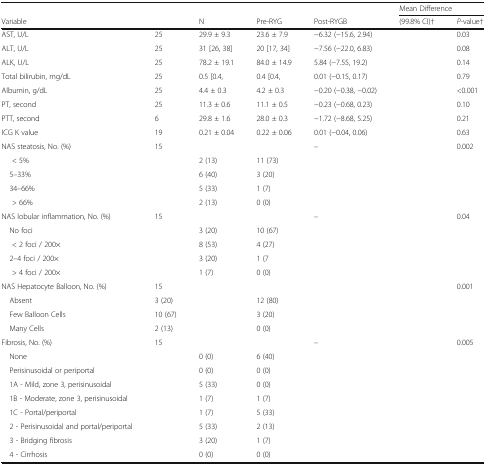
<table><thead><tr><td></td><td></td><td></td><td></td><td></td><td colspan="2"><b>Mean Difference</b></td></tr><tr><td><b>Variable</b></td><td></td><td><b>N</b></td><td><b>Pre-RYG</b></td><td><b>Post-RYGB</b></td><td><b>(99.8% CI)†</b></td><td><b><i>P</i>-value†</b></td></tr></thead><tbody><tr><td>AST, U/L</td><td>25</td><td>29.9 ± 9.3</td><td>23.6 ± 7.9</td><td>−6.32 (−15.6, 2.94)</td><td></td><td>0.03</td></tr><tr><td>ALT, U/L</td><td>25</td><td>31 [26, 38]</td><td>20 [17, 34]</td><td>−7.56 (−22.0, 6.83)</td><td></td><td>0.08</td></tr><tr><td>ALK, U/L</td><td>25</td><td>78.2 ± 19.1</td><td>84.0 ± 14.9</td><td>5.84 (−7.55, 19.2)</td><td></td><td>0.14</td></tr><tr><td>Total bilirubin, mg/dL</td><td>25</td><td>0.5 [0.4,</td><td>0.4 [0.4,</td><td>0.01 (−0.15, 0.17)</td><td></td><td>0.79</td></tr><tr><td>Albumin, g/dL</td><td>25</td><td>4.4 ± 0.3</td><td>4.2 ± 0.3</td><td>−0.20 (−0.38, −0.02)</td><td></td><td>&lt;0.001</td></tr><tr><td>PT, second</td><td>25</td><td>11.3 ± 0.6</td><td>11.1 ± 0.5</td><td>−0.23 (−0.68, 0.23)</td><td></td><td>0.10</td></tr><tr><td>PTT, second</td><td>6</td><td>29.8 ± 1.6</td><td>28.0 ± 0.3</td><td>−1.72 (−8.68, 5.25)</td><td></td><td>0.21</td></tr><tr><td>ICG K value</td><td>19</td><td>0.21 ± 0.04</td><td>0.22 ± 0.06</td><td>0.01 (−0.04, 0.06)</td><td></td><td>0.63</td></tr><tr><td>NAS steatosis, No. (%)</td><td>15</td><td></td><td></td><td>–</td><td></td><td>0.002</td></tr><tr><td>&lt; 5%</td><td></td><td>2 (13)</td><td>11 (73)</td><td></td><td></td><td></td></tr><tr><td> 5–33%</td><td></td><td>6 (40)</td><td>3 (20)</td><td></td><td></td><td></td></tr><tr><td> 34–66%</td><td></td><td>5 (33)</td><td>1 (7)</td><td></td><td></td><td></td></tr><tr><td>&gt; 66%</td><td></td><td>2 (13)</td><td>0 (0)</td><td></td><td></td><td></td></tr><tr><td>NAS lobular inflammation, No. (%)</td><td>15</td><td></td><td></td><td>–</td><td></td><td>0.04</td></tr><tr><td> No foci</td><td></td><td>3 (20)</td><td>10 (67)</td><td></td><td></td><td></td></tr><tr><td>&lt; 2 foci / 200×</td><td></td><td>8 (53)</td><td>4 (27)</td><td></td><td></td><td></td></tr><tr><td> 2–4 foci / 200×</td><td></td><td>3 (20)</td><td>1 (7</td><td></td><td></td><td></td></tr><tr><td>&gt; 4 foci / 200×</td><td></td><td>1 (7)</td><td>0 (0)</td><td></td><td></td><td></td></tr><tr><td>NAS Hepatocyte Balloon, No. (%)</td><td>15</td><td></td><td></td><td></td><td></td><td>0.001</td></tr><tr><td> Absent</td><td>3 (20)</td><td></td><td>12 (80)</td><td></td><td></td><td></td></tr><tr><td> Few Balloon Cells</td><td>10 (67)</td><td></td><td>3 (20)</td><td></td><td></td><td></td></tr><tr><td> Many Cells</td><td>2 (13)</td><td></td><td>0 (0)</td><td></td><td></td><td></td></tr><tr><td>Fibrosis, No. (%)</td><td>15</td><td></td><td></td><td>–</td><td></td><td>0.005</td></tr><tr><td> None</td><td></td><td>0 (0)</td><td>6 (40)</td><td></td><td></td><td></td></tr><tr><td> Perisinusoidal or periportal</td><td></td><td>0 (0)</td><td>0 (0)</td><td></td><td></td><td></td></tr><tr><td> 1A - Mild, zone 3, perisinusoidal</td><td></td><td>5 (33)</td><td>0 (0)</td><td></td><td></td><td></td></tr><tr><td> 1B - Moderate, zone 3, perisinusoidal</td><td></td><td>1 (7)</td><td>1 (7)</td><td></td><td></td><td></td></tr><tr><td> 1C - Portal/periportal</td><td></td><td>1 (7)</td><td>5 (33)</td><td></td><td></td><td></td></tr><tr><td> 2 - Perisinusoidal and portal/periportal</td><td></td><td>5 (33)</td><td>2 (13)</td><td></td><td></td><td></td></tr><tr><td> 3 - Bridging fibrosis</td><td></td><td>3 (20)</td><td>1 (7)</td><td></td><td></td><td></td></tr><tr><td> 4 - Cirrhosis</td><td></td><td>0 (0)</td><td>0 (0)</td><td></td><td></td><td></td></tr></tbody></table>